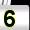
Digit: 5